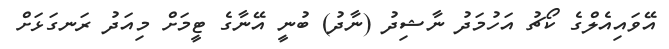
އޭވައިއެލްގެ ކޯޗު އަހުމަދު ނާޝިދު (ނާދު) ބުނީ އޭނާގެ ޓީމަށް މިއަދު ރަނގަޅަށް